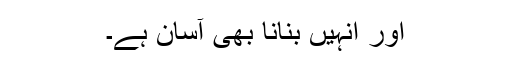
اور انہیں بنانا بھی آسان ہے۔